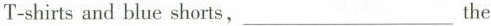
T-shirts and blue shorts,___ the